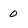
Character: 0